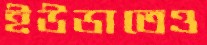
ইউডাতেও